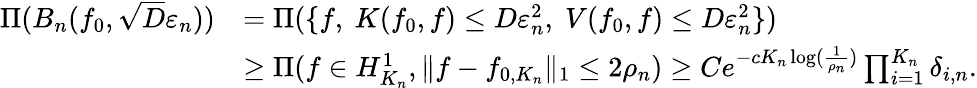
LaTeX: \begin{array}{rl}{\Pi(B_{n}(f_{0},\sqrt{D}\varepsilon_{n}))}&{=\Pi(\{ f,~K(f_{0},f)\leq D\varepsilon_{n}^{2},\; V(f_{0},f)\leq D\varepsilon_{n}^{2}\} )}\\ &{\geq\Pi(f\in H_{K_{n}}^{1},\| f-f_{0,K_{n}}\| _{1}\leq 2\rho_{n})\geq Ce^{-cK_{n}\log(\frac{1}{\rho_{n}})}\prod_{i=1}^{K_{n}}\delta_{i,n}.}\end{array}